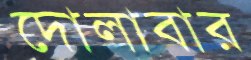
দোলাবার